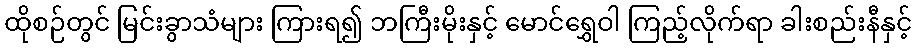
ထိုစဉ်တွင် မြင်းခွာသံများ ကြားရ၍ ဘကြီးမိုးနှင့် မောင်ရွှေဝါ ကြည့်လိုက်ရာ ခါးစည်းနီနှင့်